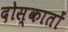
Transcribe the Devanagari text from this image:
दोस्कातों